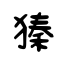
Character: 獉